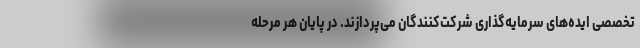
تخصصی ایده‌های سرمایه‌گذاری شرکت‌کنندگان می‌پردازند. در پایان هر مرحله